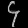
Digit: ၄